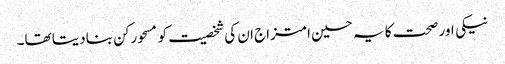
نیکی اور صحت کا یہ حسین امتزاج ان کی شخصیت کو مسحورکن بنا دیتا تھا۔